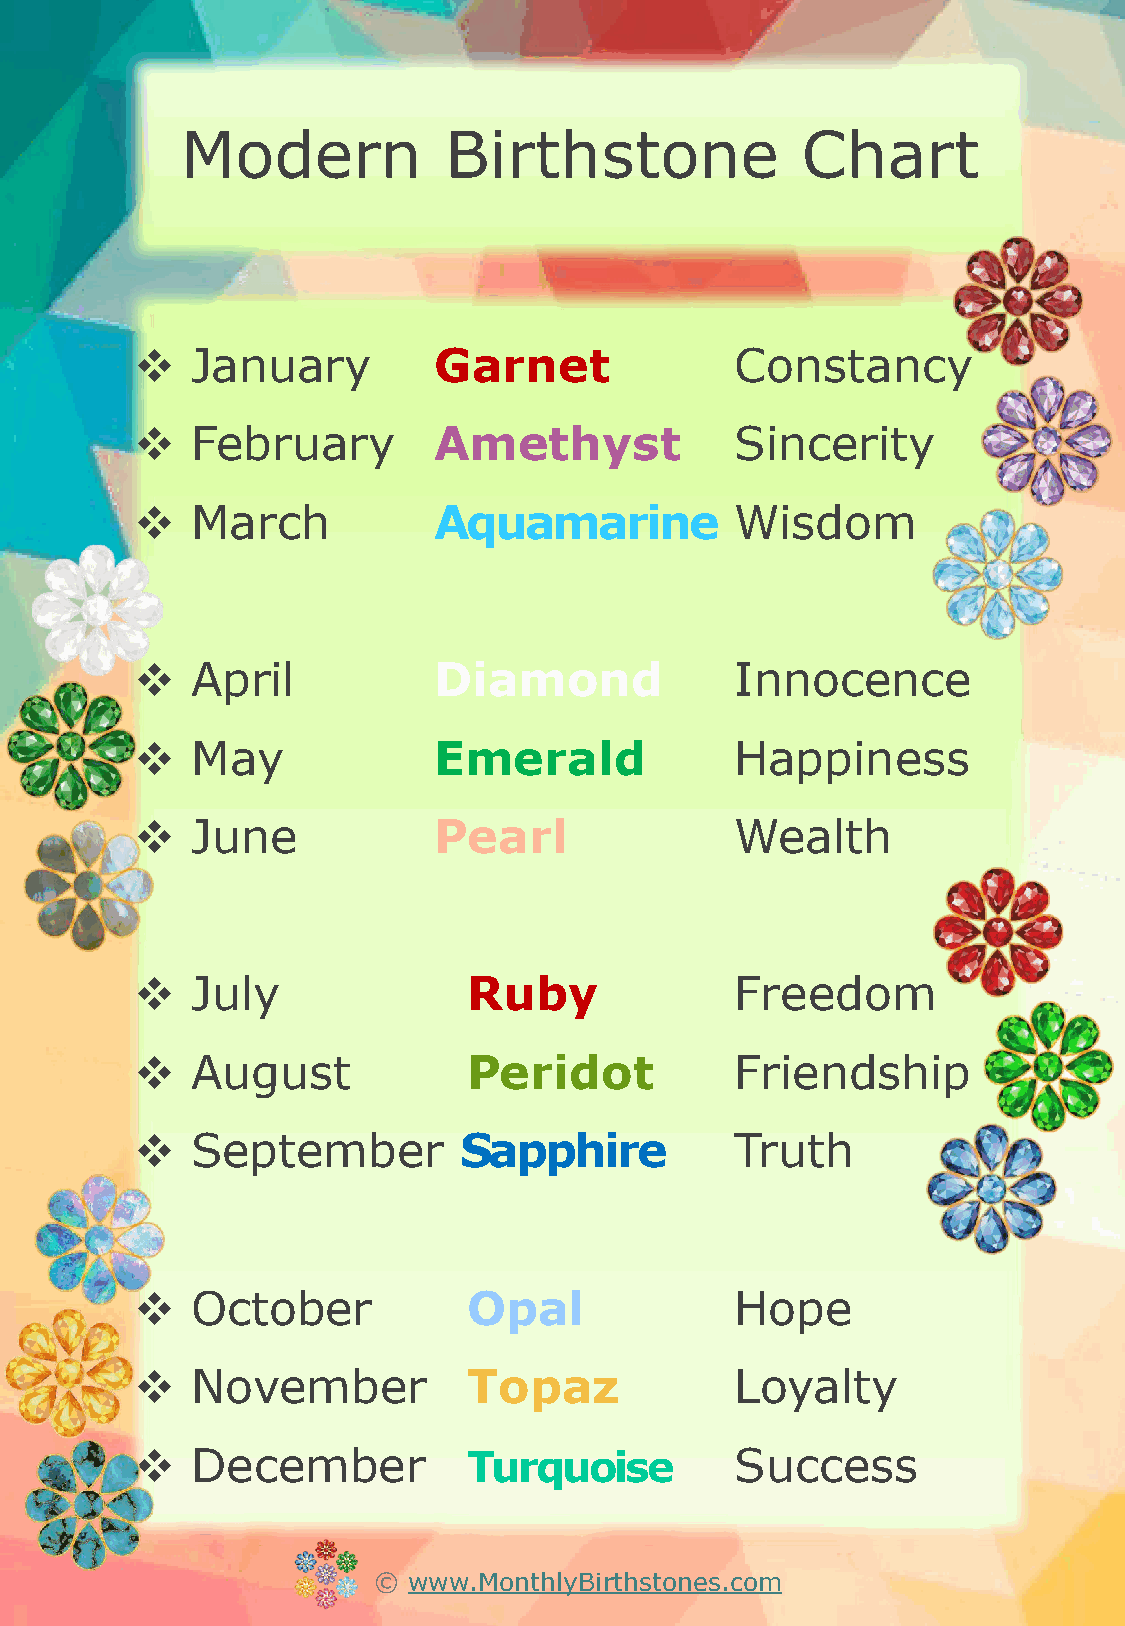
Modern           Birthstone              Chart
    January         Garnet              Constancy
    February        Amethyst            Sincerity
    March           Aquamarine          Wisdom
    April           Diamond             Innocence
    May             Emerald             Happiness
    June            Pearl               Wealth
    July              Ruby              Freedom
    August            Peridot           Friendship
    September        Sapphire           Truth
    October           Opal              Hope
    November          Topaz             Loyalty
    December          Turquoise         Success
 © www.MonthlyBirthstones.com